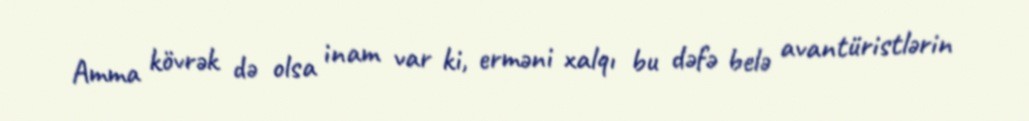
Amma kövrək də olsa inam var ki, erməni xalqı bu dəfə belə avantüristlərin